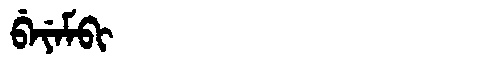
Manchu: ᠪᡝᠶᡝᠮᠪᡳ
Romanization: BEYEMBI